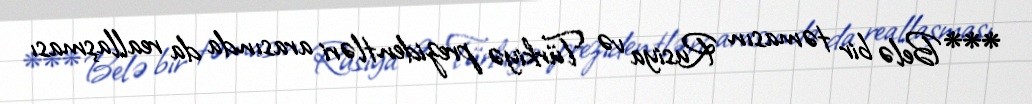
***Belə bir təmasın Rusiya və Türkiyə prezidentləri arasında da reallaşması